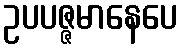
ဥပပဇ္ဇမာနေပေ